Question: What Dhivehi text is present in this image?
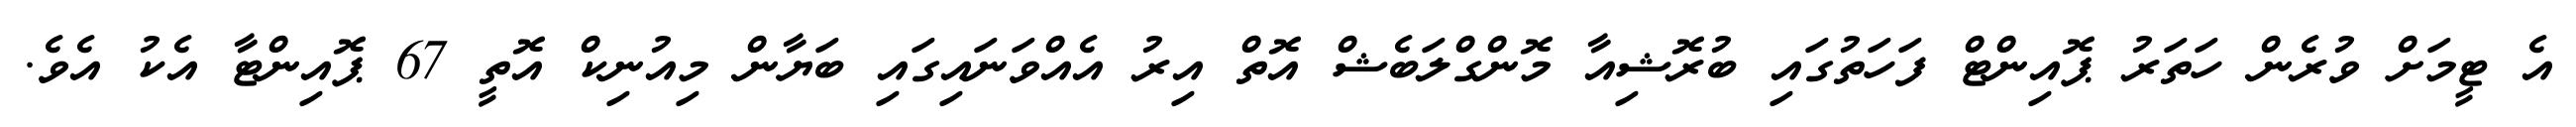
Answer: އެ ޓީމަށް ވުރެން ހަތަރު ޕޮއިންޓް ފަހަތުގައި ބުރޮޝިއާ މޮންގްލަބެޝް އޮތް އިރު އެއްވަނައިގައި ބަޔާން މިއުނިކް އޮތީ 67 ޕޮއިންޓާ އެކު އެވެ.